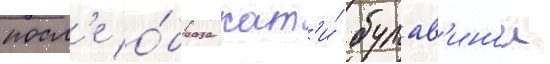
посл'е о́браза кат'и́ булав'инои